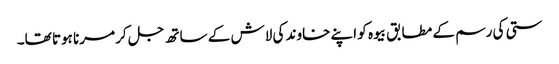
ستی کی رسم کے مطابق بیوہ کو اپنے خاوند کی لاش کے ساتھ جل کر مرنا ہوتا تھا۔